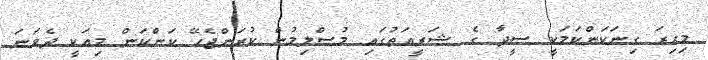
މިހިރަ ގިނަކަންކަމަކީ ސީދާ ގެ ޝަރީއަތުގައި މުސްލިމުން ކުރަންޖެހޭ ކަންކަން މިއަކީ ދެވަނަ